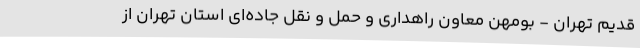
قدیم تهران - بومهن معاون راهداری و حمل و نقل جاده‌ای استان تهران از